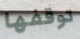
توقفها